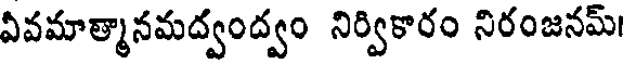
వివమాత్మానమద్వంద్వం నిర్వికారం నిరంజనమ్